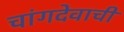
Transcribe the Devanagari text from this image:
चांगदेवाची